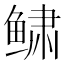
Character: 𱇿